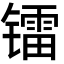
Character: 镭